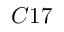
C 1 7